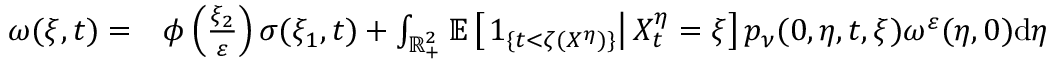
\begin{array} { r l } { \omega ( \xi , t ) = } & { { } \phi \left( \frac { \xi _ { 2 } } { \varepsilon } \right) \sigma ( \xi _ { 1 } , t ) + \int _ { \mathbb { R } _ { + } ^ { 2 } } \mathbb { E } \left[ \left. 1 _ { \{ t < \zeta ( X ^ { \eta } ) \} } \right| X _ { t } ^ { \eta } = \xi \right] p _ { \nu } ( 0 , \eta , t , \xi ) \omega ^ { \varepsilon } ( \eta , 0 ) \mathrm { d } \eta } \end{array}